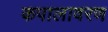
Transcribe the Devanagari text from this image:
कपालावरण